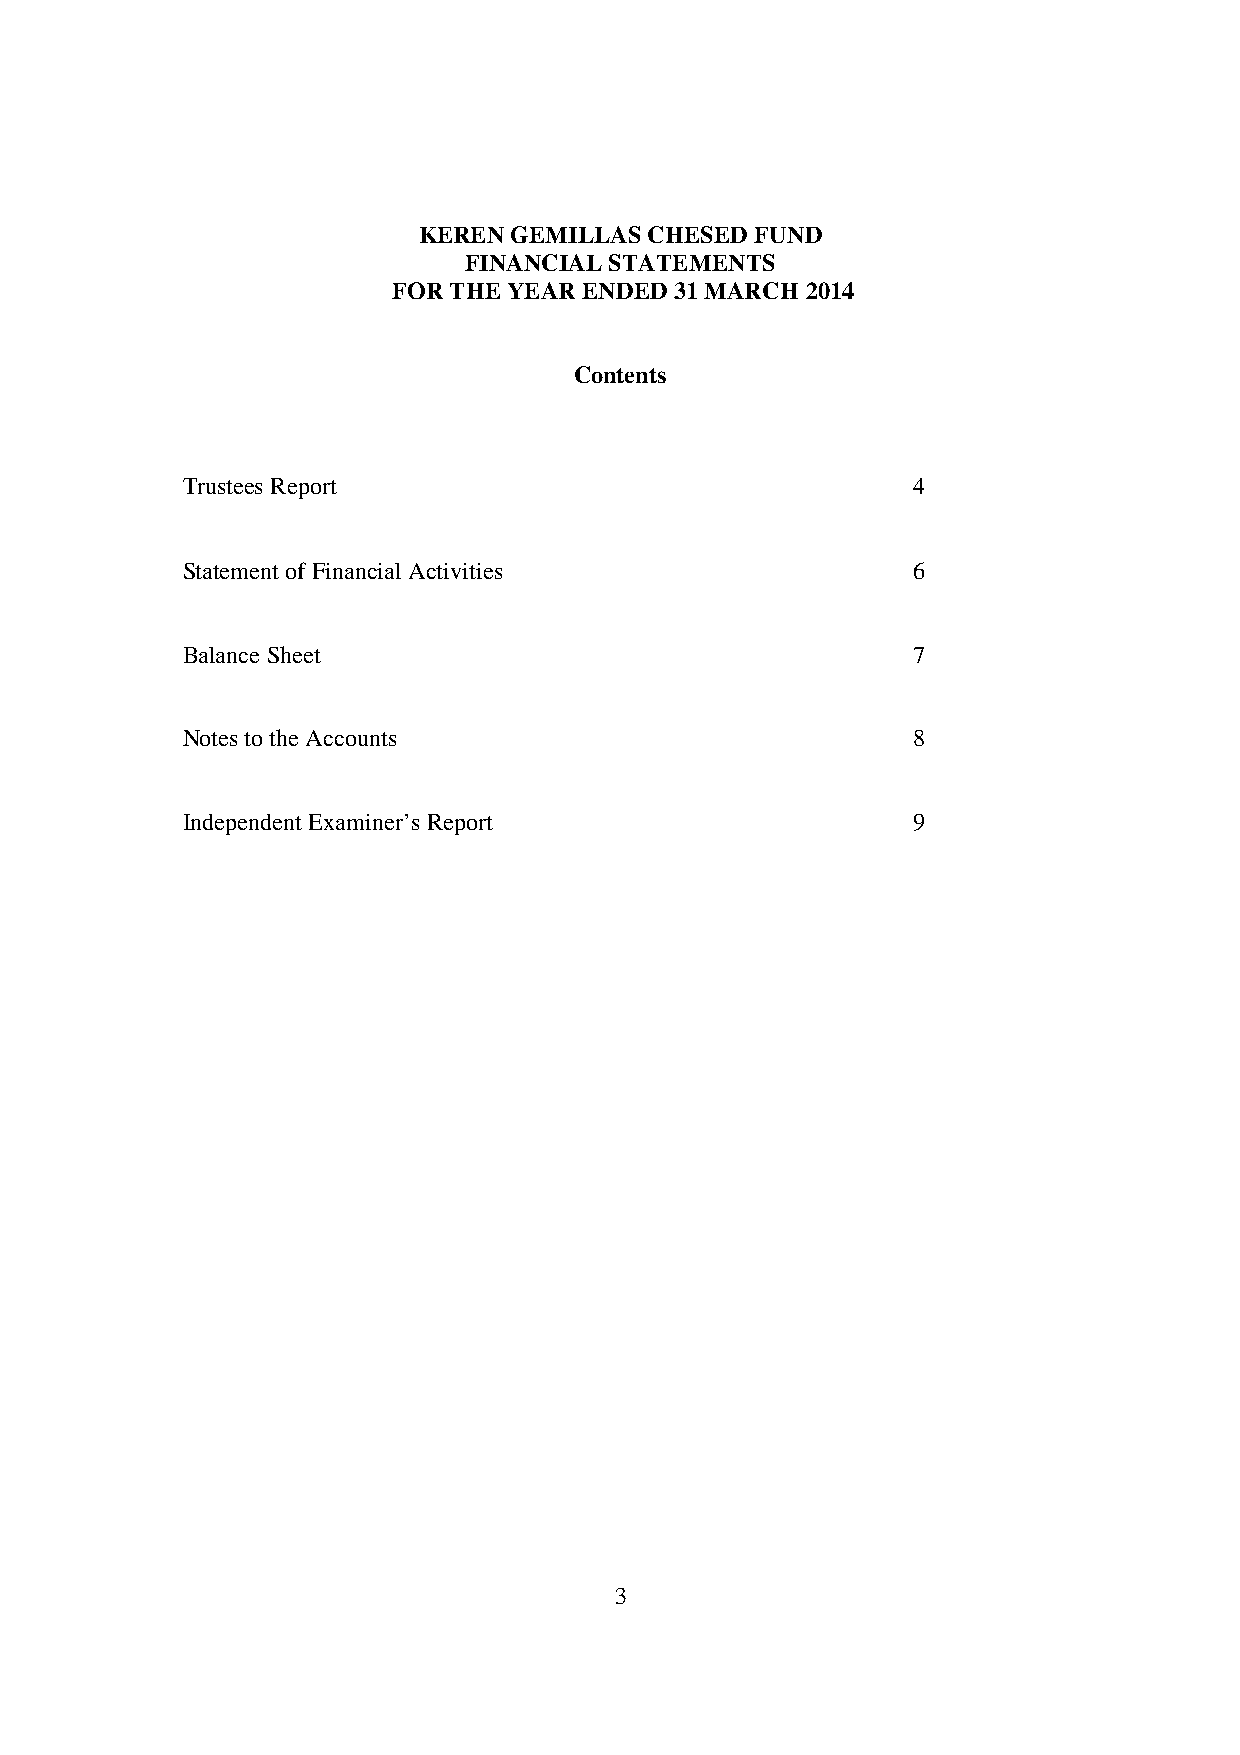
KEREN GEMILLAS CHESED FUND
 FINANCIAL STATEMENTS
 FOR THE YEAR ENDED 31 MARCH 2014
 Contents
 Trustees Report                                 4
 Statement of Financial Activities               6
 Balance Sheet                                   7
 Notes to the Accounts                           8
 Independent Examiner’s Report                   9
 3